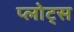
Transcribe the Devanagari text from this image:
प्लोट्स